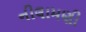
નીલામણી